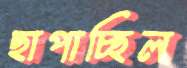
ছাপাচ্ছিল